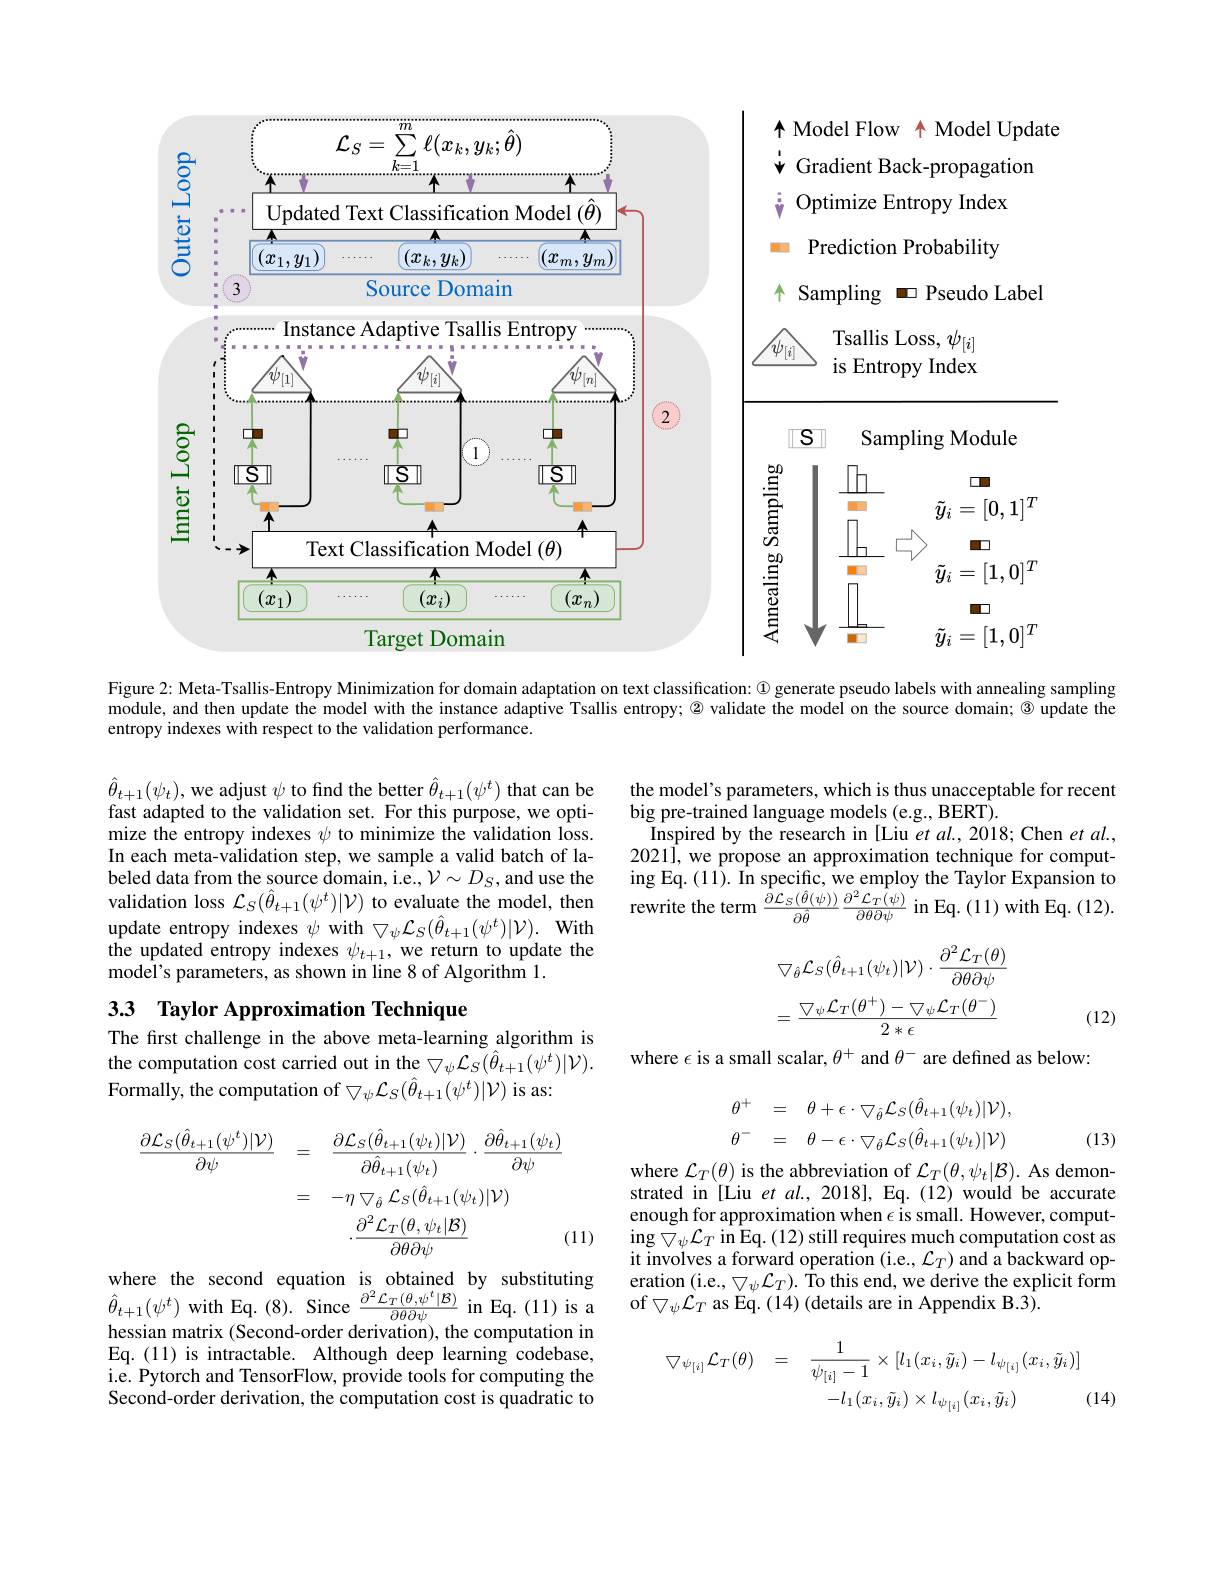
<FigureHere>

Figure 2: Meta-Tsallis-Entropy Minimization for domain adaptation on text classification: @ generate pseudo labels with annealing sampling

module, and then update the model with the instance adaptive Tsallis entropy; $\textcircled{2}$ validate the model on the source domain; $\textcircled{3}$ update the
entropy indexes with respect to the validation performance.

the model's parameters, which is thus unacceptable for recent
big pre-trained language models (e.g., BERT).
Inspired by the research in [Liu et al., 2018; Chen et al., 2021l, we propose an approximation technique for computing Eq. (11). In specific, we employ the Taylor Expansion to rewrite the term $\frac{\bar{\partial}\mathcal{L}_{S}(\hat{\theta}(\psi))}{\partial\hat{\theta}}\frac{\partial^{2}\mathcal{L}_{T}(\psi)}{\partial\theta\partial\psi}$ in Eq. (11) with Eq. (12)

$\hat{\theta}_{t+1}(\psi_{t})$,we adjust $\psi$ to find the better $\hat{\theta}_{t+1}(\psi^{t})$ that can be fast adapted to the validation set. For this purpose, we optimize the entropy indexes $\psi$ to minimize the validation loss. In each meta-validation step, we sample a valid batch of labeled data from the source domain, i.e., $\mathcal{V}\sim D_S$, and use the validation loss $\mathcal{L}_S(\hat{\theta}_{t+1}(\psi^{t})|\mathcal{V})$ to evaluate the model, then update entropy indexes $\psi$ with $\bigtriangledown_\psi\mathcal{L}_S(\hat{\theta}_{t+1}(\psi^t)|\mathcal{V}).$ With the updated entropy indexes $\psi_{t+1}$, we return to update the $\bar{\text{model's parameters, as shown in line 8 of Algorithm 1.}}$
$$\bigtriangledown_{\hat{\theta}}\mathcal{L}_{S}(\hat{\theta}_{t+1}(\psi_{t})|\mathcal{V})\cdot\frac{\partial^{2}\mathcal{L}_{T}(\theta)}{\partial\theta\partial\psi}\\=\frac{\bigtriangledown_{\psi}\mathcal{L}_{T}(\theta^{+})-\bigtriangledown_{\psi}\mathcal{L}_{T}(\theta^{-})}{2*\epsilon}$$
# 33 Taylor Approximation Technique

(12)

where $\epsilon$ is a small scalar, $\theta^+$ and $\theta^-$ are defined as below:

The first challenge in the above meta-learning algorithm is the computation cost carried out in the $\bigtriangledown_\psi{\mathcal{L}}_S(\hat{\theta}_{t+1}(\psi^t)|\mathcal{V}).$ Formally, the computation of $\bigtriangledown_\psi\mathcal{L}_S(\hat{\theta}_{t+1}(\psi^t)|\mathcal{V})$ is as:
$$\theta^{+}=\quad\theta+\epsilon\cdot\bigtriangledown_{\hat{\theta}}\mathcal{L}_{S}(\hat{\theta}_{t+1}(\psi_{t})|\mathcal{V}),\\\theta^{-}=\quad\theta-\epsilon\cdot\bigtriangledown_{\hat{\theta}}\mathcal{L}_{S}(\hat{\theta}_{t+1}(\psi_{t})|\mathcal{V})$$
(13)
$$\begin{aligned}\frac{\partial\mathcal{L}_{S}(\hat{\theta}_{t+1}(\psi^{t})|\mathcal{V})}{\partial\psi}&=\quad\frac{\partial\mathcal{L}_{S}(\hat{\theta}_{t+1}(\psi_{t})|\mathcal{V})}{\partial\hat{\theta}_{t+1}(\psi_{t})}\cdot\frac{\partial\hat{\theta}_{t+1}(\psi_{t})}{\partial\psi}\\&=\quad-\eta\bigtriangledown_{\hat{\theta}}\mathcal{L}_{S}(\hat{\theta}_{t+1}(\psi_{t})|\mathcal{V})\\&\cdot\frac{\partial^{2}\mathcal{L}_{T}(\theta,\psi_{t}|\mathcal{B})}{\partial\theta\partial\psi}&\text{(}\\\end{aligned}$$
(11)

where $\mathcal{L}_T(\theta)$ is the abbreviation of $\mathcal{L}_T(\theta,\psi_t|\mathcal{B}).$ As demonstrated in[Liu et al., 2018], Eq.(12) would be accurate enough for approximation when $\epsilon$ is small. However, comput- $\begin{array}{l}{\mathrm{ing~}\bigtriangledown_\psi\mathcal{L}_T\mathrm{~in~}\mathbb{E}\mathrm{q.~(12)~still~requires~much~computation~cost~as}}\\{\mathrm{it~involves~a~forward~operation~(i.e,~}\mathcal{L}_T)\mathrm{~and~a~backward~op-}}\end{array}$ eration (i.e., $\bigtriangledown_\psi\mathcal{L}_T).$ To this end, we derive the explicit form
$\hat{\theta}_{t+1}(\psi^{t})$ with Eq.(8). Since $\frac\partial{2}\mathcal{L}_{T}(\theta,\psi^{t}|\mathcal{B}){\partial\theta\partial\psi}$ in Eq.(11) is a of $\bigtriangledown_\psi\mathcal{L}_{T}$ as Eq.(14)(details are in Appendix B.3).

where the second equation is obtained by substituting hessian matrix (Second-order derivation), the computation in Eq.(11) is intractable. Although deep learning codebase, i.e. Pytorch and TensorFlow, provide tools for computing the Second-order derivation, the computation cost is quadratic to
$$\bigtriangledown_{\psi_{[i]}}\mathcal{L}_{T}(\theta)\quad=\quad\frac{1}{\psi_{[i]}-1}\times[l_{1}(x_{i},\tilde{y}_{i})-l_{\psi_{[i]}}(x_{i},\tilde{y}_{i})]\\-l_{1}(x_{i},\tilde{y}_{i})\times l_{\psi_{[i]}}(x_{i},\tilde{y}_{i})\quad($$
(14)